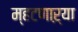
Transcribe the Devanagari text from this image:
म्हटणाऱ्या